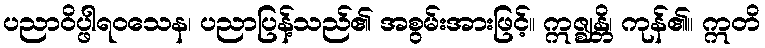
ပညာဝိပ္ဖါရဝသေန၊ ပညာပြန့်သည်၏ အစွမ်းအားဖြင့်။ ဣဇ္ဈန္တိ၊ ကုန်၏။ ဣတိ